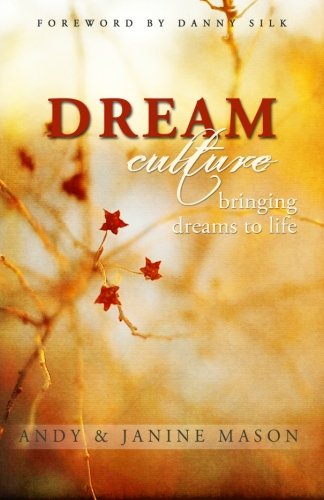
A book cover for Dream Culture: Bringing Dreams to Life; Andy Mason; Self-Help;